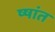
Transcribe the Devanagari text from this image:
ष्षांत